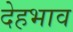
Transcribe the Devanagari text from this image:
देहभाव